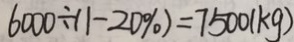
6 0 0 0 \div ( 1 - 2 0 \% ) = 7 5 0 0 ( k g )